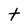
Character: t